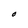
Character: O